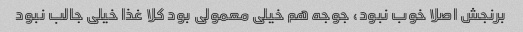
برنجش اصلا خوب نبود، جوجه هم خیلی معمولی بود کلا غذا خیلی جالب نبود